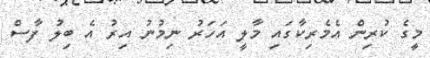
މީގެ ކުރިން އެމެރިކާގައި މާލީ އަހަރު ނިމުނު އިރު އެ ބިލު ފާސް